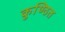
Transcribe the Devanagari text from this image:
कुण्ठित